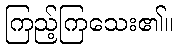
ကြည့်ကြသေး၏။